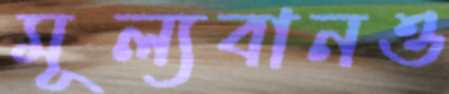
মূল্যবানও